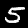
Label: 5